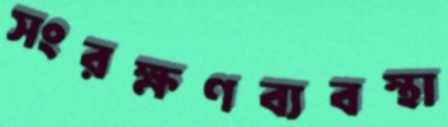
সংরক্ষণব্যবস্থা